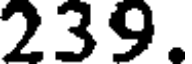
239.